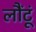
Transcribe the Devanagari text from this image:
लौंटूं